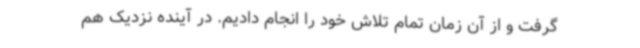
گرفت و از آن زمان تمام تلاش خود را انجام دادیم. در آینده نزدیک هم